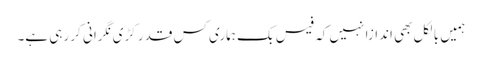
ہمیں بالکل بھی اندازا نہیں کہ فیس بک ہماری کس قدر کڑی نگرانی کر رہی ہے۔